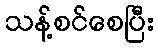
သန့်စင်စေပြီး